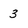
Character: 3